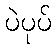
ပဲပုပ်